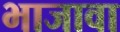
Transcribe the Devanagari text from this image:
भाजावा